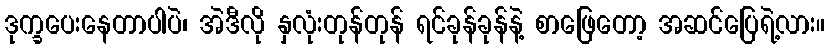
ဒုက္ခပေးနေတာပါပဲ၊ အဲဒီလို နှလုံးတုန်တုန် ရင်ခုန်ခုန်နဲ့ စာဖြေတော့ အဆင်ပြေရဲ့လား။